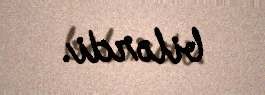
bilərdi.